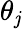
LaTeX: \theta_{\mathit{j}}